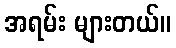
အရမ်း များတယ်။